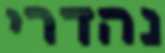
נהדרי